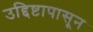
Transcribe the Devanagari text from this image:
उद्दिष्टापासून